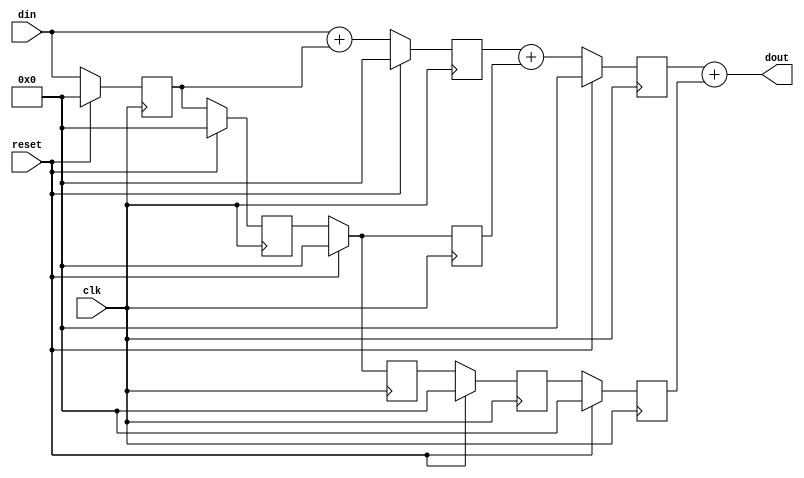
`define WL 63
`define WL1 64

module movavg(input wire         clk,
	      input wire 	 reset,
	      input wire [`WL:0]  din,
	      output wire [`WL:0] dout);

   reg [`WL:0] 			  tap1, tap1_next;
   reg [`WL:0] 			  tap2, tap2_next;
   reg [`WL:0] 			  tap3, tap3_next;

   reg [`WL:0]         pipe1a, pipe1a_next;
   reg [`WL:0]         pipe1b, pipe1b_next;
   reg [`WL:0]         pipe1c, pipe1c_next;
   reg [`WL:0]         pipe2a, pipe2a_next;
   reg [`WL:0]         pipe2b, pipe2b_next;

   always @(posedge clk)
     begin
	if (reset)
	  begin
	     tap1 <= `WL1'h0;
	     tap2 <= `WL1'h0;
	     tap3 <= `WL1'h0;
	     pipe1a <= `WL1'h0;
	     pipe1b <= `WL1'h0;
	     pipe1c <= `WL1'h0;
	     pipe2a <= `WL1'h0;
	     pipe2b <= `WL1'h0;
	  end
	else
	  begin
	     tap1   <= tap1_next;
	     tap2   <= tap2_next;
	     tap3   <= tap3_next;
	     pipe1a <= pipe1a_next;
	     pipe1b <= pipe1b_next;
	     pipe1c <= pipe1c_next;
	     pipe2a <= pipe2a_next;
	     pipe2b <= pipe2b_next;
	  end
     end // always @ (posedge clk)

   reg [`WL:0] doutreg;
   
   always @(*)
     begin
        pipe1a_next = din + tap1;
        pipe1b_next = tap2;
        pipe1c_next = tap3;
        pipe2a_next = pipe1a + pipe1b;
        pipe2b_next = pipe1c;
        doutreg     = pipe2a + pipe2b;
	tap1_next   = din;
	tap2_next   = tap1;
	tap3_next   = tap2;
     end

   assign dout = doutreg;
   
endmodule